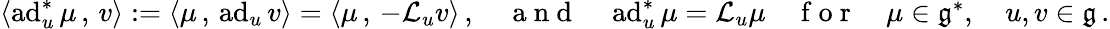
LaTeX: \begin{array}{r}{\left<\operatorname{ad}_{u}^{*}\mu\, ,\, v\right>:=\left<\mu\, ,\, \operatorname{ad}_{u}v\right>=\left<\mu\, ,\, -{\cal L}_{u}v\right>\, ,\quad\mathrm{~a~n~d~}\quad\operatorname{ad}_{u}^{*}\mu={\cal L}_{u}\mu\quad\mathrm{~f~o~r~}\quad\mu\in\mathfrak{g}^{*},\quad u,v\in\mathfrak{g}\, .}\end{array}